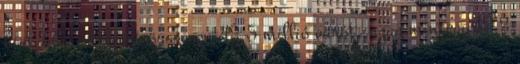
birtokba vételéért összesen 43,5 millió eurót, azaz mintegy 13,3